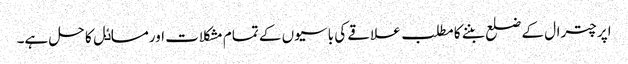
اپر چترال کے ضلع بننے کا مطلب علاقے کی باسیوں کے تمام مشکلات اورمساٸل کا حل ہے۔